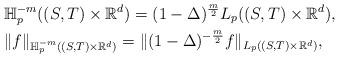
LaTeX: \begin{align*}&\mathbb{H}_p^{-m}((S,T)\times \mathbb{R}^d)=(1-\Delta)^{\frac{m}{2}}L_p((S,T)\times \mathbb{R}^d),\\&\|f\|_{\mathbb{H}_p^{-m}((S,T)\times \mathbb{R}^d)}=\|(1-\Delta)^{-\frac{m}{2}}f\|_{L_p((S,T)\times \mathbb{R}^d)},\end{align*}